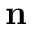
{ \bf n }